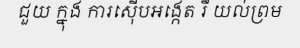
ជួយ ក្នុង ការស៊ើបអង្កេត រឺ យល់ព្រម